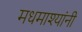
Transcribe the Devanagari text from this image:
मधमाश्यांनी